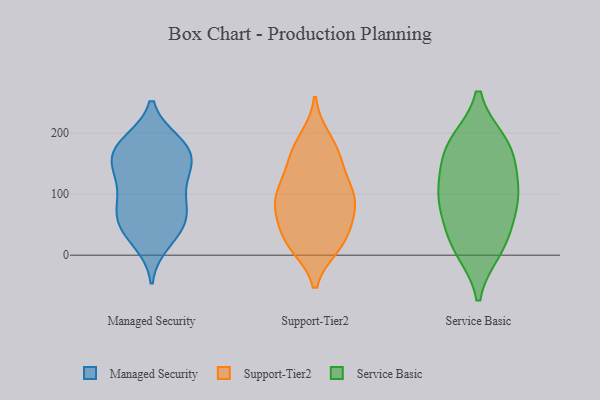
{"axis": {"x": "Backlog", "y": "Value"}, "legend": ["Managed Security", "Service Basic", "Support-Tier2"], "data": [{"x": "", "y": 95, "type": "Managed Security"}, {"x": "", "y": 183, "type": "Managed Security"}, {"x": "", "y": 21, "type": "Managed Security"}, {"x": "", "y": 58, "type": "Managed Security"}, {"x": "", "y": 133, "type": "Managed Security"}, {"x": "", "y": 80, "type": "Managed Security"}, {"x": "", "y": 174, "type": "Managed Security"}, {"x": "", "y": 37, "type": "Managed Security"}, {"x": "", "y": 157, "type": "Managed Security"}, {"x": "", "y": 185, "type": "Managed Security"}, {"x": "", "y": 61, "type": "Managed Security"}, {"x": "", "y": 161, "type": "Managed Security"}, {"x": "", "y": 131, "type": "Managed Security"}, {"x": "", "y": 83, "type": "Managed Security"}, {"x": "", "y": 45, "type": "Managed Security"}, {"x": "", "y": 178, "type": "Managed Security"}, {"x": "", "y": 134, "type": "Managed Security"}, {"x": "", "y": 153, "type": "Support-Tier2"}, {"x": "", "y": 83, "type": "Support-Tier2"}, {"x": "", "y": 119, "type": "Support-Tier2"}, {"x": "", "y": 110, "type": "Support-Tier2"}, {"x": "", "y": 16, "type": "Support-Tier2"}, {"x": "", "y": 25, "type": "Support-Tier2"}, {"x": "", "y": 84, "type": "Support-Tier2"}, {"x": "", "y": 103, "type": "Support-Tier2"}, {"x": "", "y": 29, "type": "Support-Tier2"}, {"x": "", "y": 74, "type": "Support-Tier2"}, {"x": "", "y": 86, "type": "Support-Tier2"}, {"x": "", "y": 190, "type": "Support-Tier2"}, {"x": "", "y": 48, "type": "Support-Tier2"}, {"x": "", "y": 164, "type": "Support-Tier2"}, {"x": "", "y": 173, "type": "Support-Tier2"}, {"x": "", "y": 16, "type": "Support-Tier2"}, {"x": "", "y": 35, "type": "Service Basic"}, {"x": "", "y": 16, "type": "Service Basic"}, {"x": "", "y": 184, "type": "Service Basic"}, {"x": "", "y": 180, "type": "Service Basic"}, {"x": "", "y": 146, "type": "Service Basic"}, {"x": "", "y": 176, "type": "Service Basic"}, {"x": "", "y": 107, "type": "Service Basic"}, {"x": "", "y": 97, "type": "Service Basic"}, {"x": "", "y": 94, "type": "Service Basic"}, {"x": "", "y": 10, "type": "Service Basic"}, {"x": "", "y": 80, "type": "Service Basic"}]}